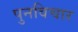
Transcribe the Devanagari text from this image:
पुनविचार